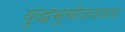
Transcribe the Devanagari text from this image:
युद्धभूमीजवळच